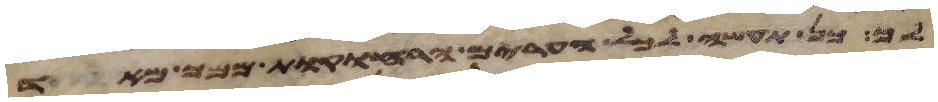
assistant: לך כן תעשה לכל הערים הרחוקות ממך מאד